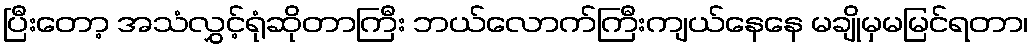
ပြီးတော့ အသံလွှင့်ရုံဆိုတာကြီး ဘယ်လောက်ကြီးကျယ်နေနေ မချိုမှမမြင်ရတာ၊